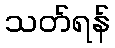
သတ်ရန်